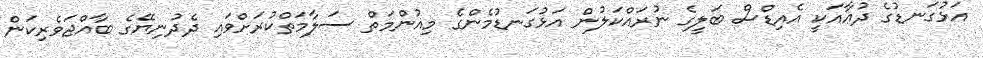
އަޅުގަނޑުގެ ދުޢާއަކީ އެއިޑްސް ބަލީގެ ނުރައްކަލުން އަޅުގަނޑުމެންގެ މިއުންމަތް ސަލާމަތްކުރަށްވައި ދެދުނިޔޭގެ ބާއްޖަވެރިކަން